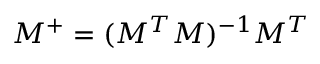
M ^ { + } = ( M ^ { T } M ) ^ { - 1 } M ^ { T }